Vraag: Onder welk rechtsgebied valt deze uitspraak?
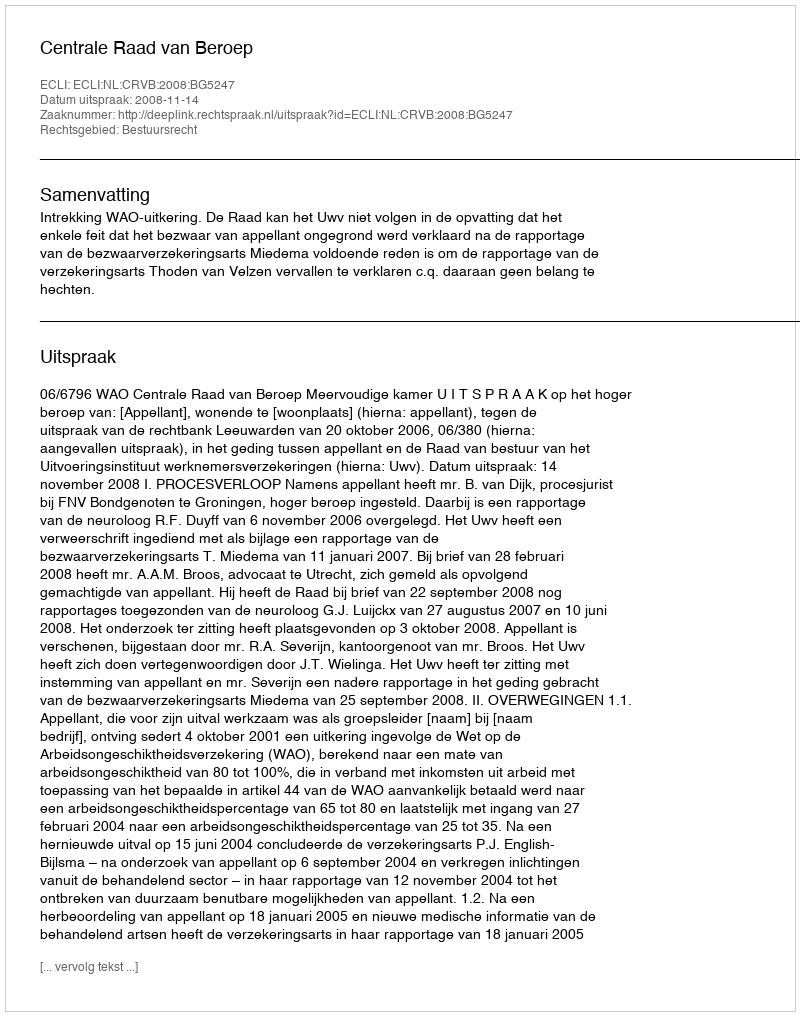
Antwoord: Bestuursrecht